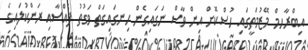
އިބްރާހމް މޭޒުމަތީގައި ހުސްކޮށް އިން ވާސް ނަގައިގެން ހިނގައިގަތް ވަގުތު ފެއްސާއި ރަންކުލައިގެ